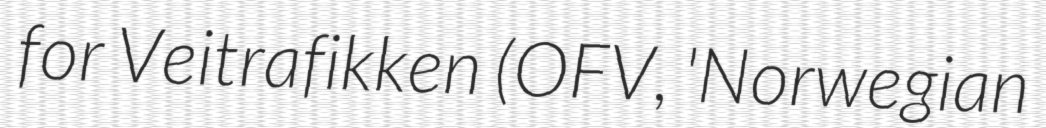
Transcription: for Veitrafikken (OFV, 'Norwegian